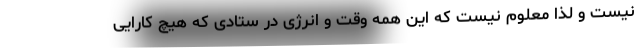
نیست و لذا معلوم نیست که این همه وقت و انرژی در ستادی که هیچ کارایی